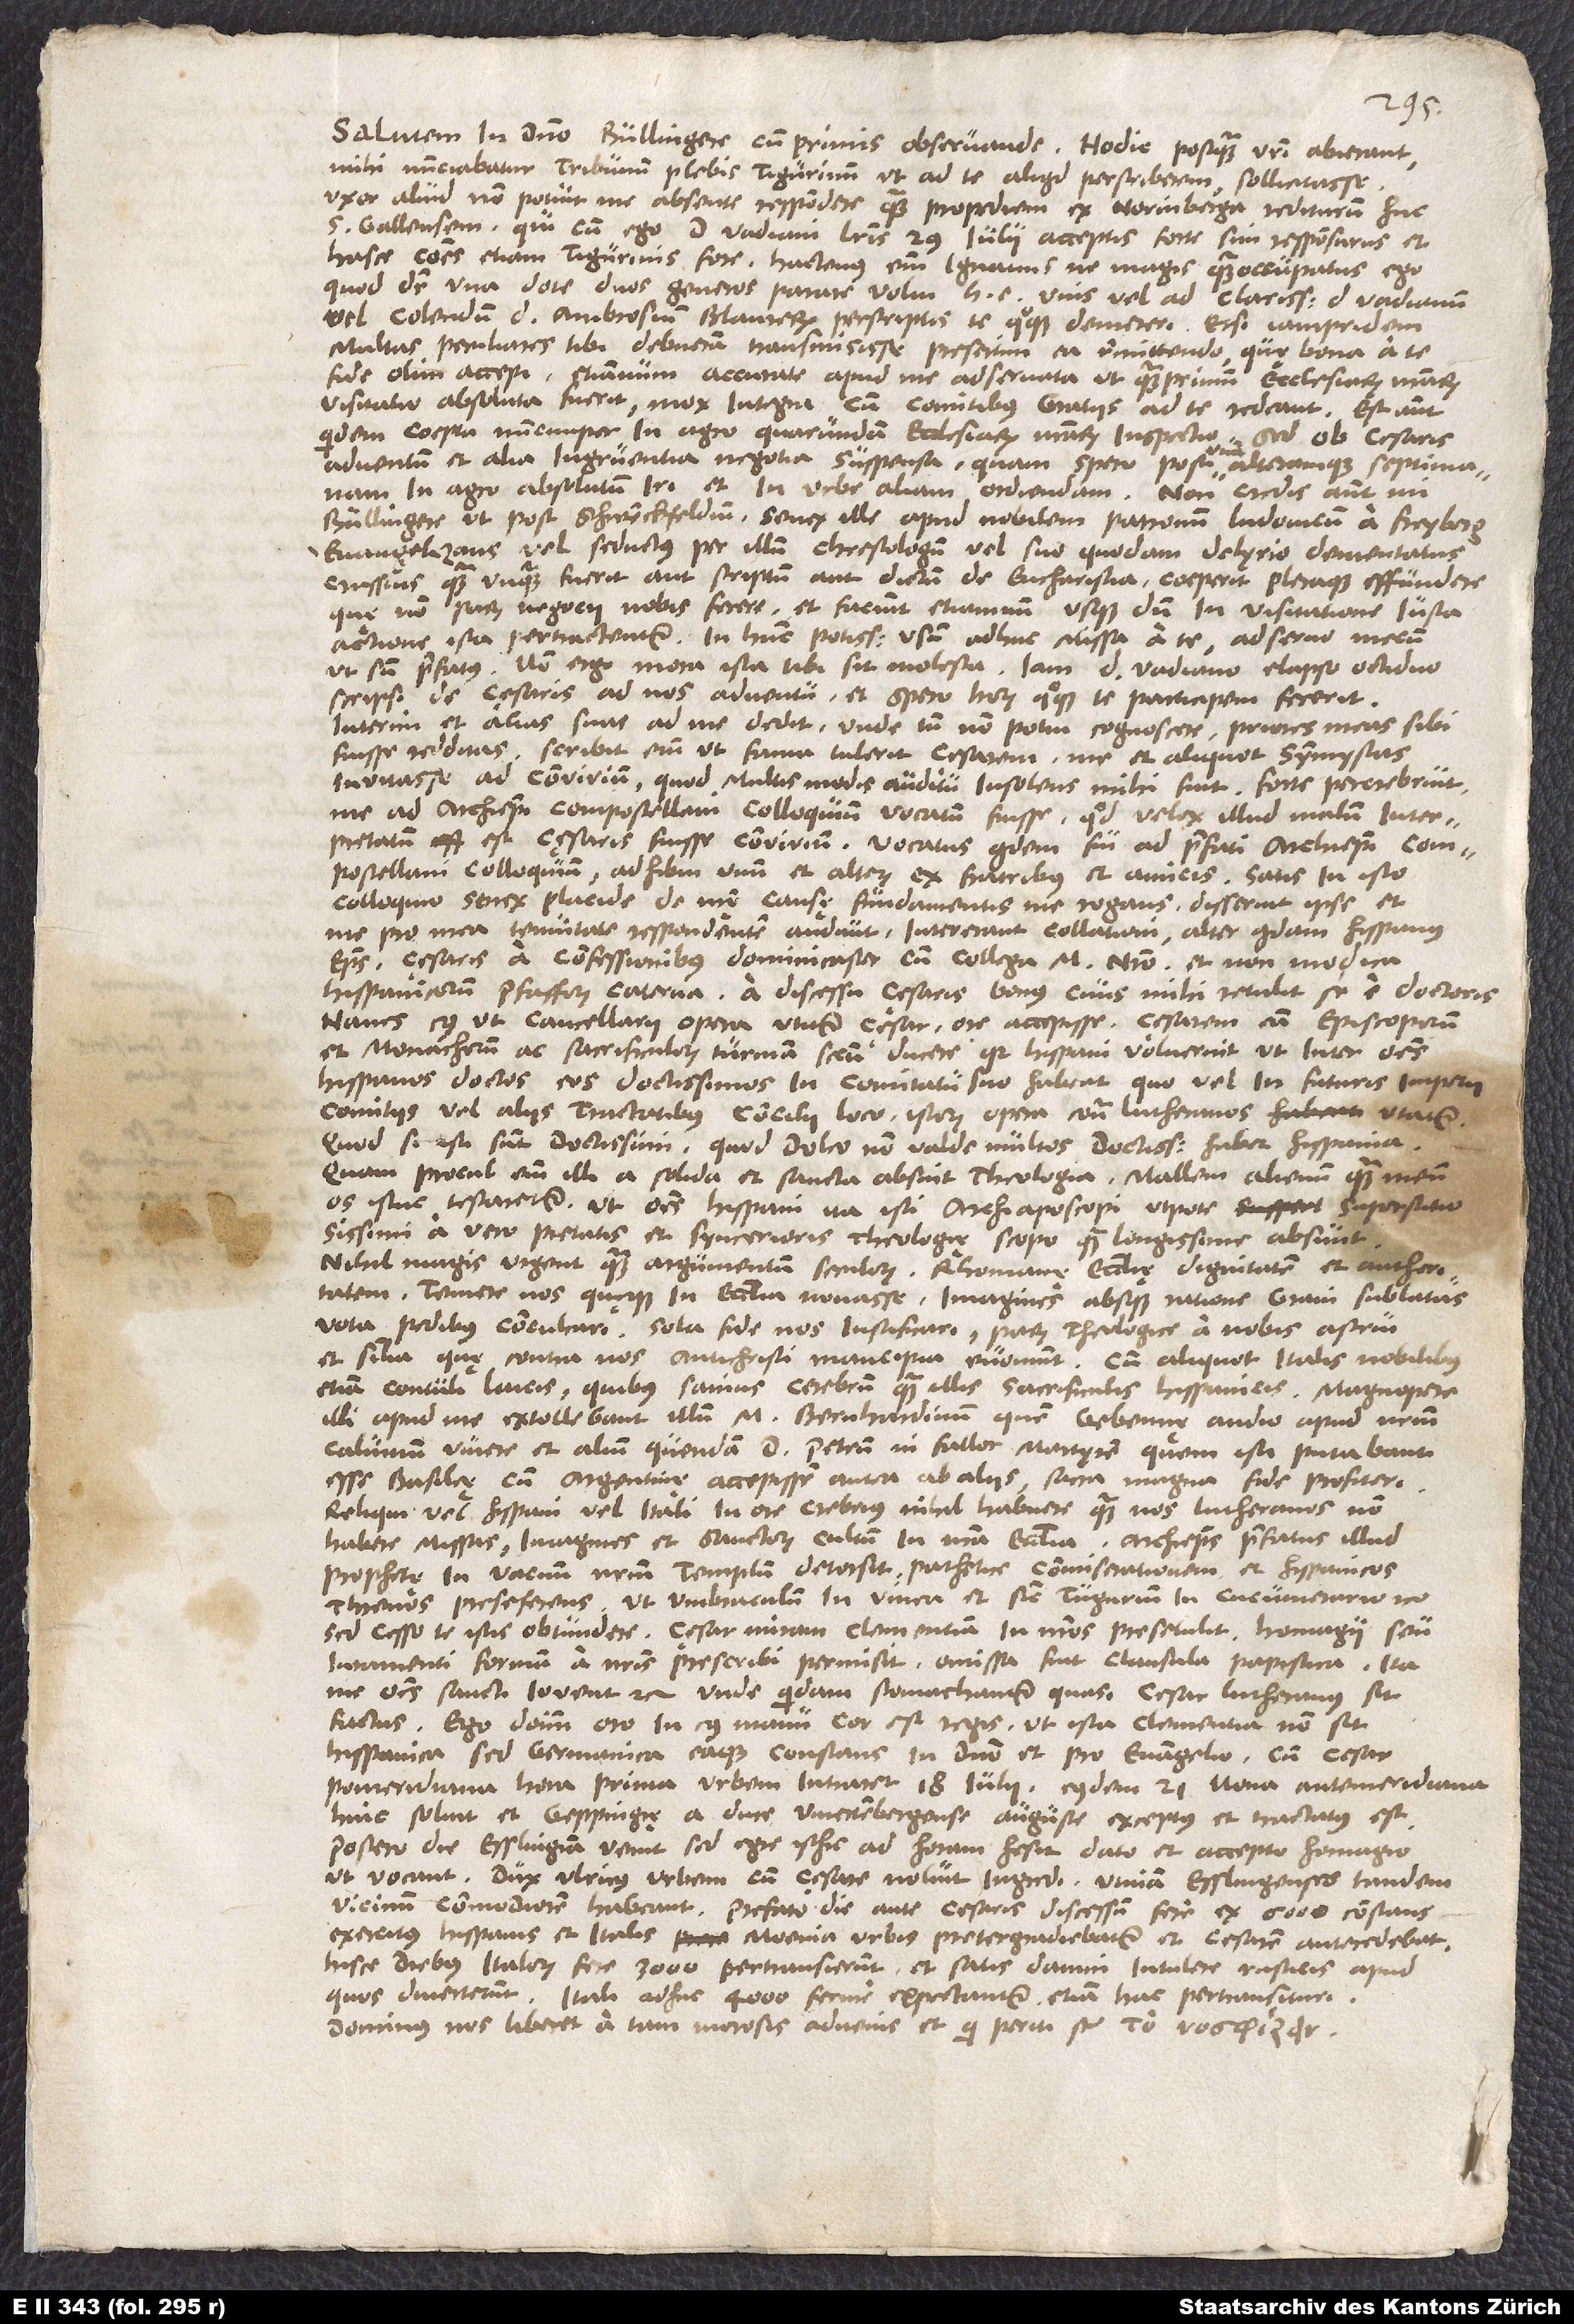
Salutem in domino, Bullingere cum primis observande. Hodie, postquam vestri abierunt,
mihi nunciabatur tribunum plebis Tigurinum, ut ad te aliquid perscriberem, sollicitasse.
Uxor aliud non potuit me absente respondere quam propediem ex Norinberga rediturum huc
S. Gallensem, quicum ego d. Vadiani literis 29. iulii acceptis forte sim responsurus, et
hasce communes etiam Tigurinis fore. Hactenus enim ignavus ne magis quam occupatus ego,
quod dicitur, una dote duos generos parare volui, hoc est unis vel ad clarissimum d. Vadianum
vel colendum d. Ambrosium Blaurerum perscriptis te quoque demereri. Etsi iampridem
multas peculiares tibi debueram transmisisse, presertim ea remittendo, quę bona a te
fide olim accepi, etiamnum accurate apud me adservata, ut quamprimum ecclesiarum nostrarum
visitatio absoluta fuerit, mox integra cum comitibus gratiis ad te redeant. Est autem
quidem coepta nuncnuper in agro quarundam ecclesiarum nostrarum inspectio, sed ob cesaris
adventum et alia ingruentia negotia suspensa, quam spero post unam alteramque septimanam
in agro absolutum iri et in urbe aliam ordiendam. Non credis autem, mi
Bullingere, ut post Schwenckfeldium senex ille apud nobilem patronum Ludovicum a Freyberg
evangelizans vel seductus per illum chrestologum vel suo quodam delyrio dementatus
crassius quam unquam fuerit aut scriptum aut dictum de eucharistia, coeperit pleraque effundere,
quę non parum negocii nobis fecere et faciunt etiamnum, usque dum in visitationem iusta
actione ista pertractentur. In hunc potissimum usum adhuc missa a te adservo mecum,
ut sum praefatus. Non ergo mora ista tibi sit molesta. Iam d. Vadiano elapso octiduo
scripsi de cęsaris ad nos adventu et spero, horum quoque te participem fecerit.
Interim et alias suas ad me dedit, unde tamen non potui cognoscere priores meas sibi
fuisse redditas; scribit enim, ut fama tulerit cęsarem me et aliquot symmystas
invitasse ad convivium, quod multis modis auditu insolens mihi fuit. Forte percrebruit
me ad archiepiscopi Compostellani colloquium vocatum fuisse, quod velox illud malum interpretatum
est cęsaris fuisse convivium. Vocatus quidem fui ad praefati archiepiscopi Compostellani
colloquium, adhibui unum et alterum ex fratribus et amicis. Satis in isto
colloquio senex placide de nostrę causę fundamentis me rogans disseruit ipse et
me pro mea tenuitate respondentem audivit. Intererant collationi alter quidam episcopus
Hispanus, cęsaris a confessionibus dominicaster cum collega M. nostro et non modica
Hispanicorum pfafforum caterva. A discessu cęsaris bonus civis mihi retulit se e doctoris
Naves, cuius ut cancellarii opera utitur cęsar, ore accepisse cęsarem eam episcoporum
et monachorum ac sacrificulorum turmam secum ducere, quod Hispani voluerint, ut inter omnes
Hispanos doctos eos doctissimos in comitatu suo habeat, quo vel in futuris imperii
comitiis vel aliis tractatibus concilii loco istorum opera contra Lutheranos utatur.
Quod si isti sunt doctissimi, quod doleo, non valde multos doctissimos habet Hispania.
Quam procul enim illi a solida et sancta absint theologia, mallem alienum quam meum
os istuc testaretur. Ut omnes Hispani, ita isti archiaposcopi utpote superstitiosissimi
vero pietatis et syncerioris theologię scopo quam longissime absunt.
Nihil magis urgent quam argumentum seculorum, Rhomanę ecclesię dignitatem et authoritatem,
temere nos quęque in ecclesia novasse, imagines absque ratione gravi sublatas,
vota pedibus conculcari, sola fide nos iustificari parum theologice a nobis astrui
et similia, quę contra nos antichristi mancipia evomunt. Cum aliquot Italis nobilibus
etiam contuli laicis, quibus sanius cerebrum quam illis sacrificulis Hispanicis. Magnopere
illi apud me extollebant illum M. Bernhardinum, quem Gebennę audio apud nostrum
Calvinum vivere, et alium quendam d. Petrum, ni fallor, Martyrem, quem isti putabant
esse Basileę, cum Argentinę accepissem antea ab aliis sacra magna fide profiteri.
Reliqui vel Hispani vel Itali in ore crebrius nihil habuere quam nos Lutheranos non
habere missas, imagines et sanctorum cultum in nostra ecclesia. Archiepiscopus praefatus illud
prophetę in vacuum nostrum templum detorsit pathetice commiserationem et Hispanicos
threnos pre se ferens, „ut umbraculum in vinea et sicut tugurium in cucumerario“
Sed cesso te istis obtundere. Cęsar miram clementiam in nostros pre se tulit. Homagii seu
iuramenti formam a nostris prescribi permisit; omissa fuit clausula papistica „ita
me omnes sancti iuvent“ etc. Unde quidam stomachantur, quasi cesar Lutheranus sit
factus. Ego dominum oro, in cuius manu cor est regis, ut ista clementia non sit
Hispanica, sed Germanica eaque constans in domino et pro evangelio. Cum cesar
pomeridiana hora prima urbem intraret 18. iulii, eiusdem 21. nona antemeridiana
hinc solvit et Geppingię a duce Wiertenbergense auguste exceptus et tractatus est.
Postero die Esslingiam venit, sed egre isthic ad horam hesit dato et accepto homagio,
ut vocant. Dux Ulricus urbem cum cęsare noluit ingredi. Utinam Esslingenses tandem
vicinum commodiorem habeant! Prefato die ante cesaris discessum fere ex 6’000 constans
exercitus Hispanis et Italis moenia urbis pretergrediebatur et cesarem antecedebat.
Hisce diebus Italorum fere 3’000 pertransierunt et satis damni intulere rusticis, apud
quos diverterunt. Itali adhuc 4’000 ferme expectantur etiam hac pertransituri.
Dominus nos liberet a tam morosis advenis et qui periti sunt .